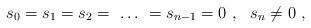
LaTeX: \begin{align*} s_{0}= s_{1} = s_{2} =\ \ldots \ = s_{n -1} = 0 \ , \ \ s_{n} \neq 0 \ ,\end{align*}